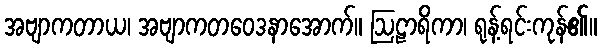
အဗျာကတာယ၊ အဗျာကတဝေဒနာအောက်။ ဩဠာရိကာ၊ ရုန့်ရင်းကုန်၏။